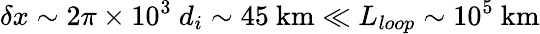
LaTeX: \delta x\sim 2\pi\times 10^{3}~d_{i}\sim 45~\mathrm{km}\ll L_{loop}\sim 10^{5}~\mathrm{km}